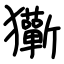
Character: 玂